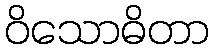
ဝိသောဓိတာ